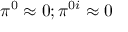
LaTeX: \pi ^ { 0 } \approx 0 ; \pi ^ { 0 i } \approx 0